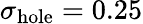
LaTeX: \sigma_{\mathrm{hole}}=0.25